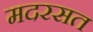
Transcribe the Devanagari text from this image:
मदरसत